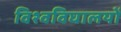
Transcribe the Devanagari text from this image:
विश्वविघालयों